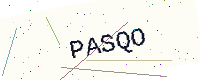
Text: PASQO